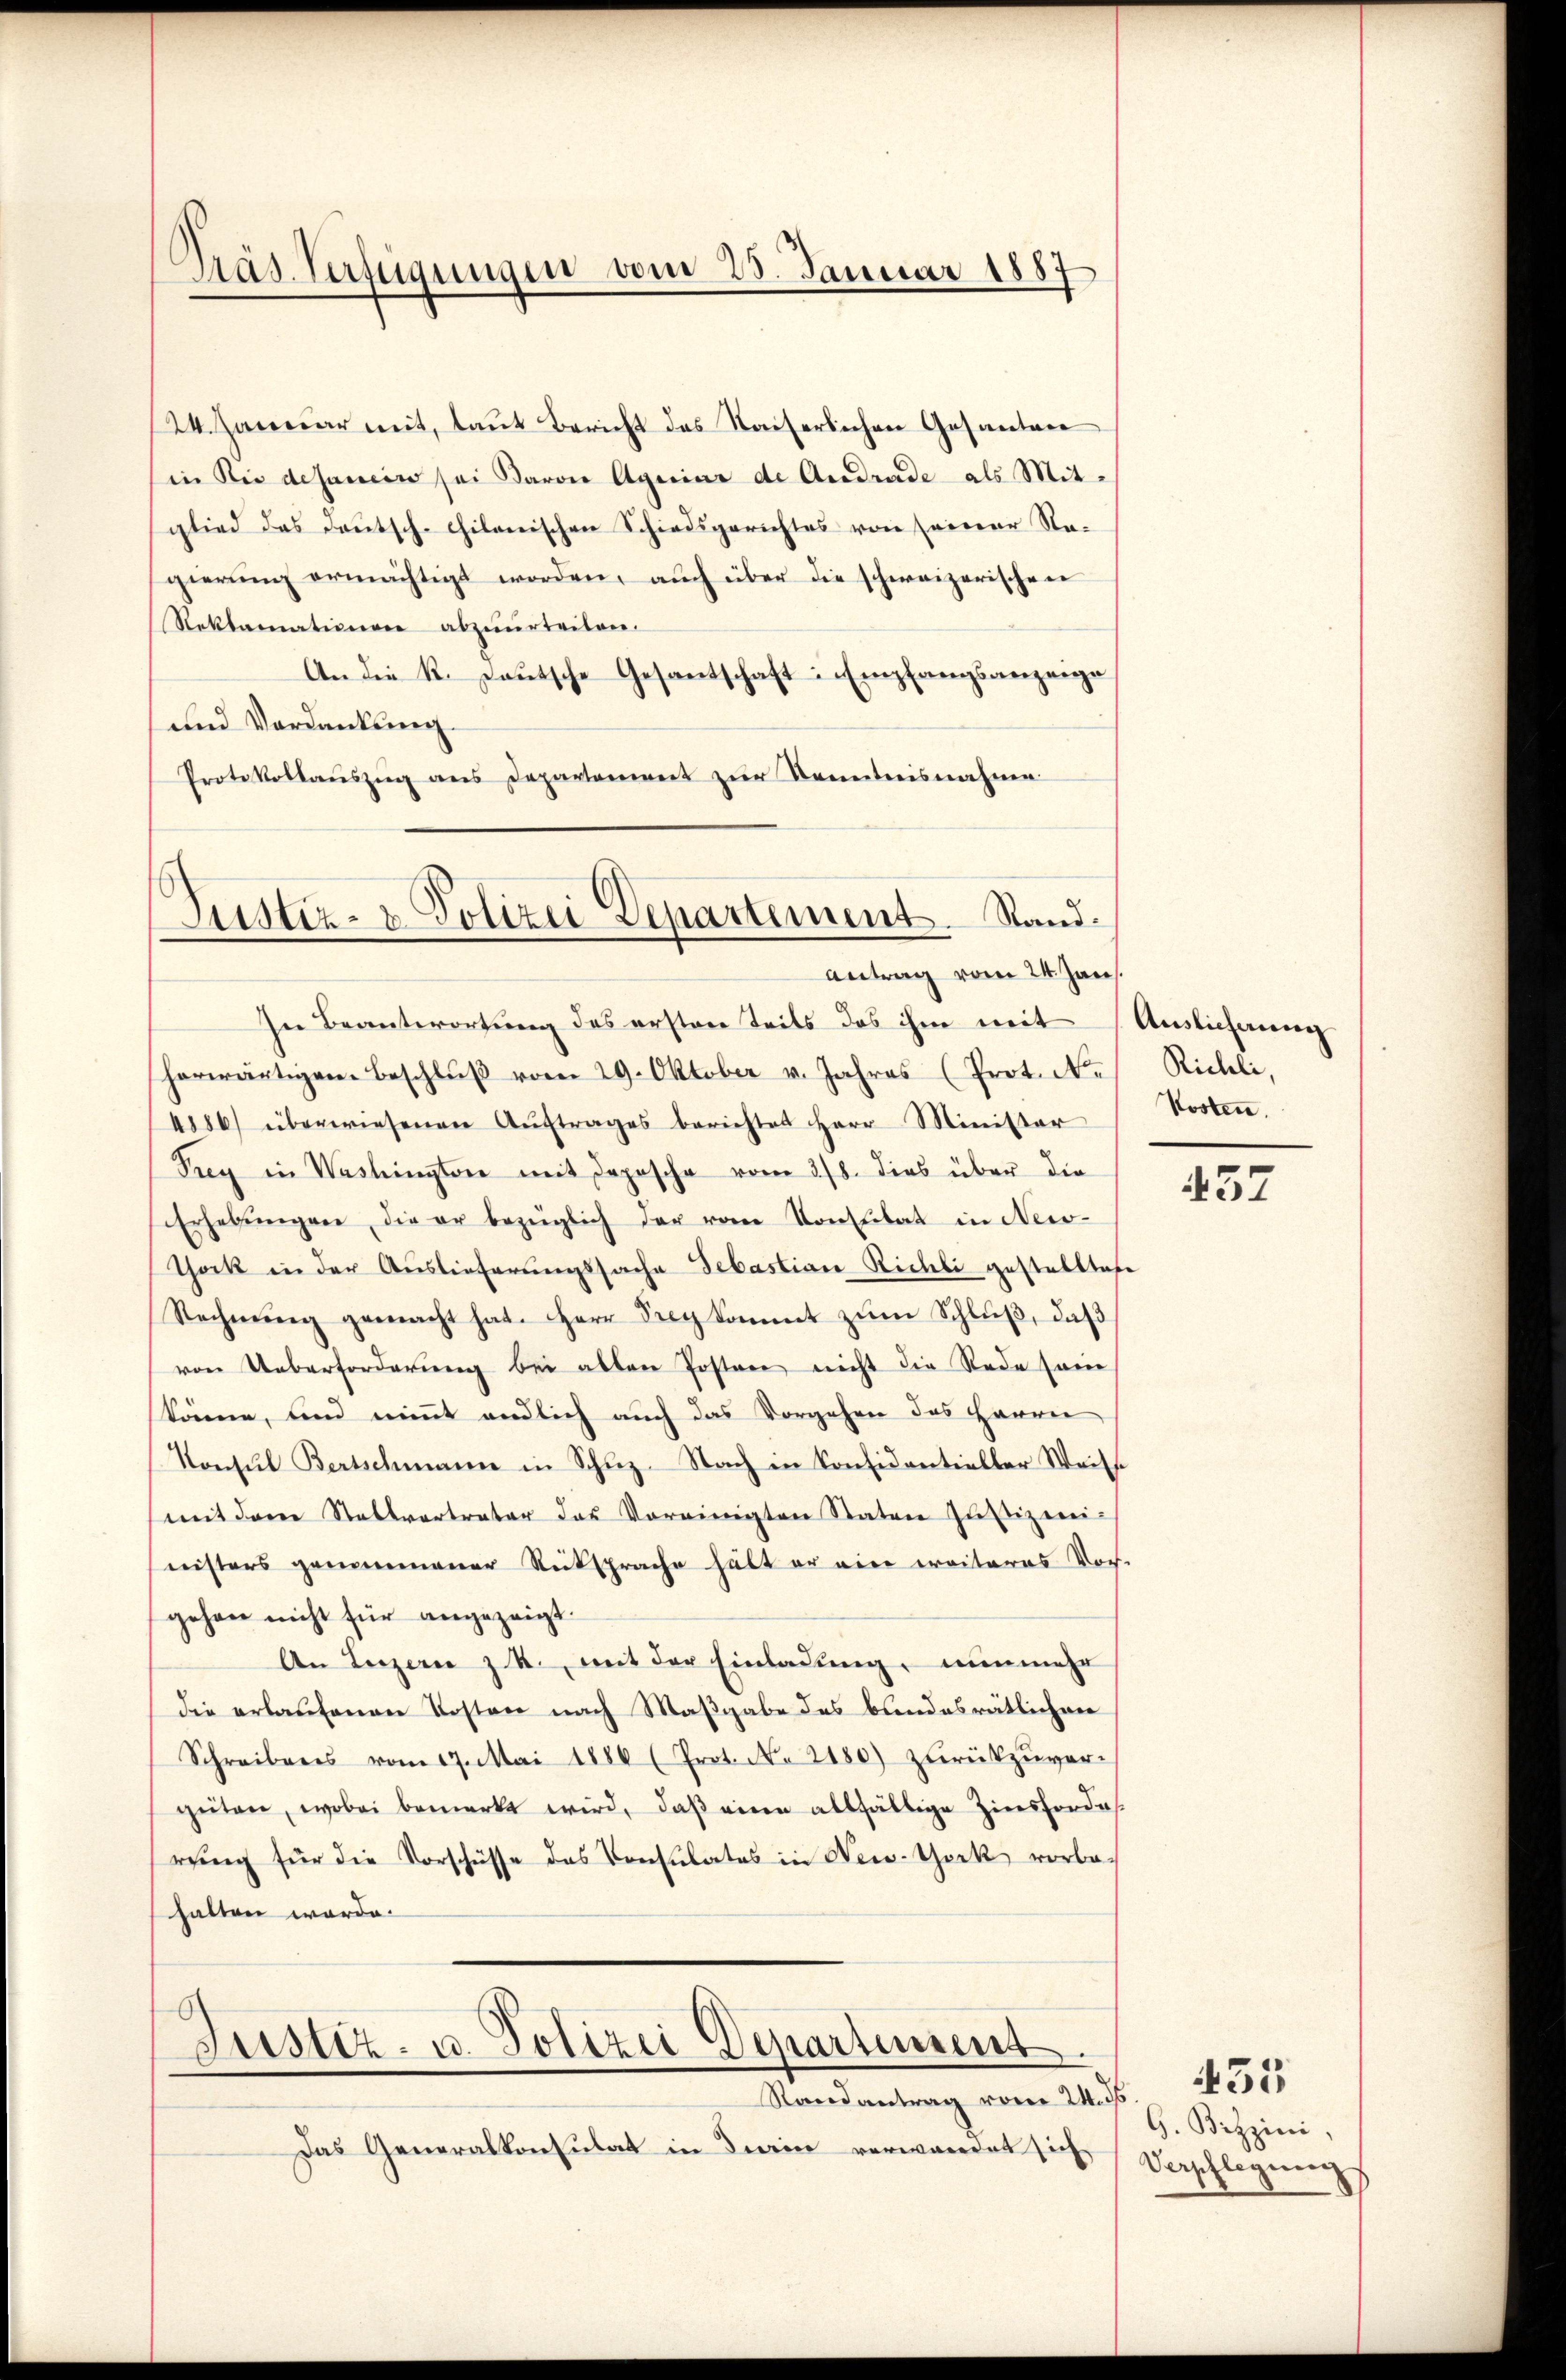
24. Januar mit, laut Bericht das Kaiserlichen Gesanten
in die desamin sei Baron Ageiar de Andrade als Mit-
glied das deutsch-chilenischen Schiedsgerichtes von seiner Na-
gierŭng ermächtigt worden, auch über die schweizerischen
Reklamationen abzuurteilen.
An die R. Teutsche Gesantschaft: Empfangsanzeige,
und Verdankung.
Protokollaŭszŭg ans Departement zŭr Kenntnisnahme

Präs. Verfügungen vom 23. Januar 1887

Justiz- & Polizei Departement. Stand.
Antrag vom 24. Jan.

In Beantwortung des ersten Teils das ihm mit Auslieferung
herwärtigen Beschlŭβ vom 29. Oktober v. Jahres (Prot. Ne
4886) überwiesenen Aŭftrages berichtet Herr Minister
Prey in Washington mit Depesche vom 3/8. dies über die
Erhebŭngen die er bezüglich der vom Konsulat in New-
Thock in der Auslieferungssache Sebastian Richli gestelltene
Rechnŭng gemacht hat. Herr Seeg kommt zŭm Schluß, daß
von Ueberforderŭng bei alten Postere nicht die Rede seine
könne, und nimmt endlich auch das Vorgehen das Harrer
Konsul Bertschmann in Schuz- Nach in Konsidentieller Weisse
mit dem Stallvertreter das Vereinigten Staten Justizeninisters genommener Rüksprache hält er eine weiteres Vor-
gehen nicht für angezeigt.
An Luzern z. R., mit der Einladung, nunmehr
die erlaufenen Kosten nach Maßgabe des bundesrätlichen
Schreibens vom 17. Mai 1886 (Prot. No 2180) zŭrückzŭver-
güten, wobei bemerkt wird, daβ eine allfällige Zinsfordes
rŭng für die Vorschüsse des Consulates in New-York vorbe-
halten werde.

Justiz- u. Polizei Departement.
Randantrag vom 24. ds

Das Generalkonsulat in darin verwandet sich

Richli,
Kosten.

57

G. Bizzini
Verpflegŭng

55